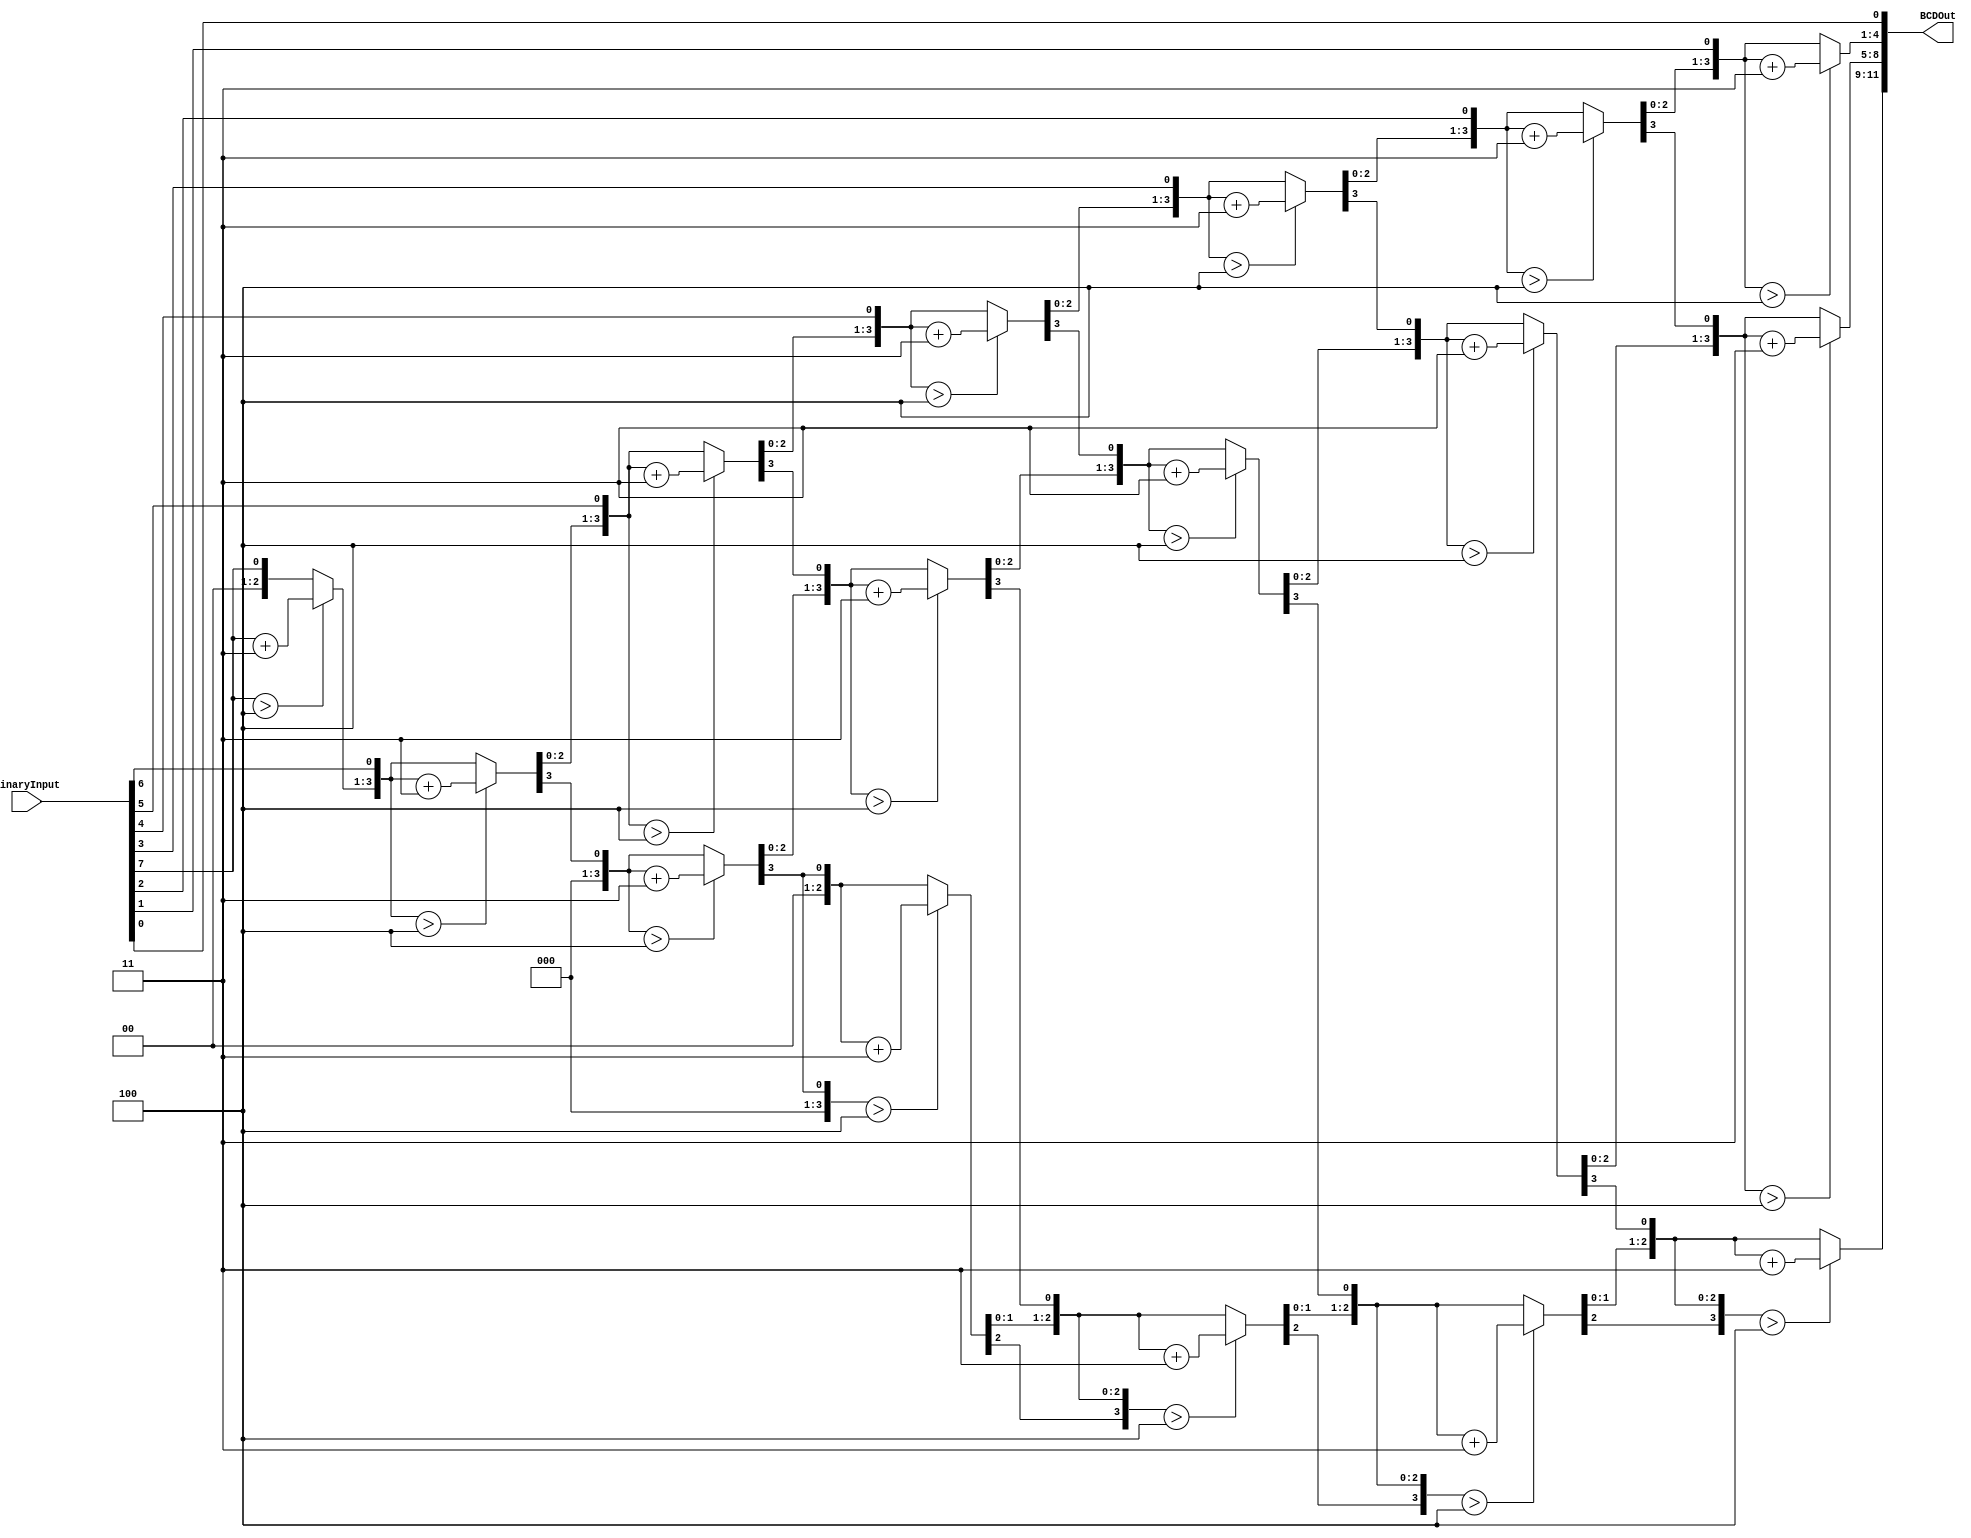
module BinaryToBCDEncoder (
    input [7:0] BinaryInput,
    output reg [11:0] BCDOut
    );

reg [3:0] i;   
     

always @(BinaryInput)
  begin
		BCDOut = 0; 
		for (i = 4'd0; i < 4'd8; i = i+4'd1) begin
		 BCDOut = {BCDOut[10:0],BinaryInput[7-i]}; 
			  
		 if(i < 7 && BCDOut[3:0] > 4) 
			  BCDOut[3:0] = BCDOut[3:0] + 4'd3;
		 if(i < 7 && BCDOut[7:4] > 4)
			  BCDOut[7:4] = BCDOut[7:4] + 4'd3;
		 if(i < 7 && BCDOut[11:8] > 4)
			  BCDOut[11:8] = BCDOut[11:8] + 4'd3;  
		end
end     
				 
endmodule